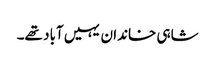
شاہی خاندان یہیں آباد تھے۔